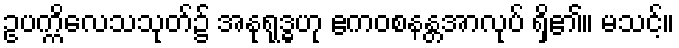
ဥပက္ကိလေသသုတ်၌ အနုရုဒ္ဓဟု ဧကဝစနန္တအာလုပ် ရှိ၏။ မသင့်။